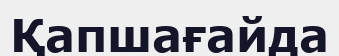
Қапшағайда